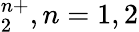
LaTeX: _2^{n+},n=1,2